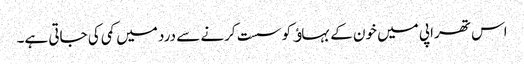
اس تھراپی میں خون کے بہاﺅ کو سست کرنے سے درد میں کمی کی جاتی ہے۔